Account of plague administration in the Bombay Presidency from September 1896 till May 1897
Year: 1896
Disease focus: Plague
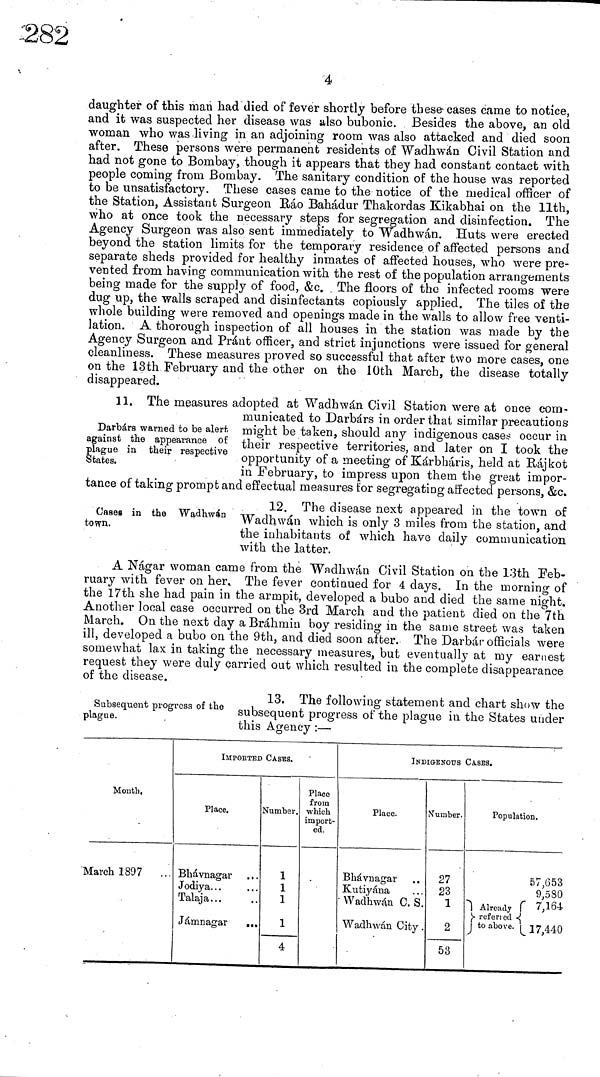
4
daughter of this man had died of fever shortly before these cases came to notice,
and it was suspected her disease was also bubonic. Besides the above, an old
woman who was living in an adjoining room was also attacked and died soon
after. These persons were permanent residents of Wadhwán Civil Station and
had not gone to Bombay, though it appears that they had constant contact with
people coming from Bombay. The sanitary condition of the house was reported
to be unsatisfactory. These cases came to the notice of the medical officer of
the Station, Assistant Surgeon Bao Bahadur Thakordas Kikabhai on the 11th,
who at once took the necessary steps for segregation and disinfection. The
Agency Surgeon was also sent immediately to Wadhwán. Huts were erected
beyond the station limits for the temporary residence of affected persons and
separate sheds provided for healthy inmates of affected houses, who were pre-
vented from having communication with the rest of the population arrangements
being made for the supply of food, &c. The floors of the infected rooms were
dug up, the walls scraped and disinfectants copiously applied. The tiles of the
whole building were removed and openings made in the walls to allow free venti-
lation. A thorough inspection of all houses in the station was made by the
Agency Surgeon and Pránt officer, and strict injunctions were issued for general
cleanliness. These measures proved so successful that after two more cases, one
on the 13th February and the other on the 10th March, the disease totally
disappeared.
Darbárs warned to be alert
against the appearance of
plague in their respective
States.
11. The measures adopted at Wadhwán Civil Station were at once com-
municated to Darbárs in order that similar precautions
might be taken, should any indigenous cases occur in
their respective territories, and later on I took the
opportunity of a meeting of Kárbháris, held at Rájkot
in February, to impress upon them the great impor-
tance of taking prompt and effectual measures tor segregating affected persons, &c.
Cases in the Wadhwán
town,
12. The disease next appeared in the town of
Wadhwán which is only 3 miles from the station, and
the inhabitants of which have daily communication
with the latter.
A Nágar woman came from the Wadhwán Civil Station on the 13th Feb-
ruary with fever on her. The fever continued for 4 clays, In the morning of
the 17th she had pain in the armpit, developed a bubo and died the same night.
Another local case occurred on the 3rd March and the patient died on the 7th
March. On the next day a Brahmin boy residing in the same street was taken
ill, developed a bubo on the 9th, and died soon after. The Darbár officials were
somewhat lax in taking the necessary measures, but eventually at my earnest
request they were duly carried out which resulted in the complete disappearance
of the disease.
Subsequent progress of the
plague.
13. The following statement and chart show the
subsequent progress of the plague in the States under
this Agency :—
Month,
March 1897
IMPORTED CASES.
Place.
Bhávnagar
Jodiya...
Talaja...
Jámnagar
...
..
• ••
Number.
1
1
1
1
4
Place
from
which
import-
ed.
INDIGENOUS CaSES.
Place.
Bhávnagar
Kutiyána
Wadhwán C. S.
Wadhwán City
Number.
27
23
1
2
53
Population.
57,653
9,580
Already
7,164
refermed
to above
17,440